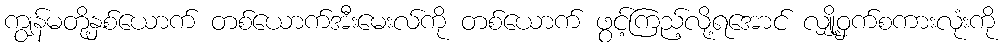
ကျွန်မတို့နှစ်ယောက် တစ်ယောက်အီးမေးလ်ကို တစ်ယောက် ဖွင့်ကြည့်လို့ရအောင် လျှို့ဝှက်စကားလုံးကို